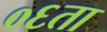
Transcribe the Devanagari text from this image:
०६ता